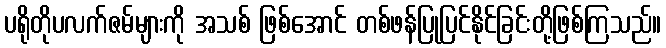
ပရိုတိုပလက်ဇမ်များကို အသစ် ဖြစ်အောင် တစ်ဖန်ပြုပြင်နိုင်ခြင်းတို့ဖြစ်ကြသည်။